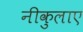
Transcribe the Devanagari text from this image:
नीकुलाए